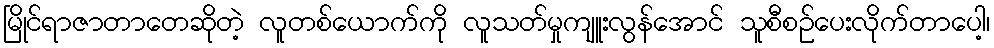
မြိုင်ရာဇာတာတေဆိုတဲ့ လူတစ်ယောက်ကို လူသတ်မှုကျူးလွန်အောင် သူစီစဉ်ပေးလိုက်တာပေါ့၊